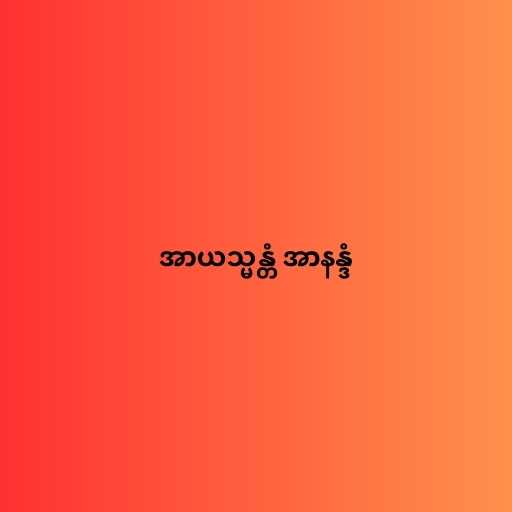
အာယသ္မန္တံ အာနန္ဒံ